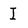
Character: I